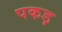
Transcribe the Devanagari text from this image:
पकड़़